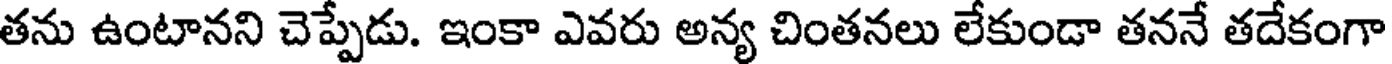
తను ఉంటానని చెప్పేడు. ఇంకా ఎవరు అన్య చింతనలు లేకుండా తననే తదేకంగా